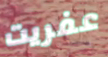
عفريت